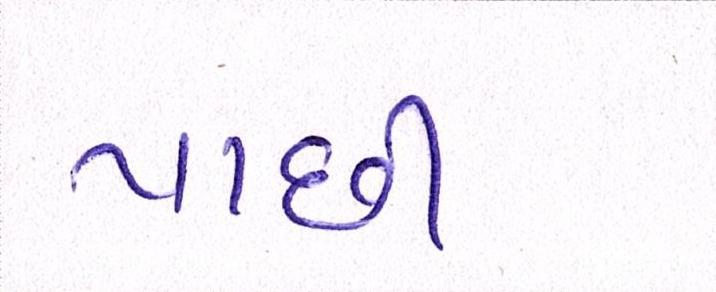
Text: પાછી